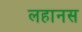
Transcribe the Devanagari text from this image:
लहानस